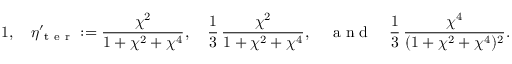
1 , \quad \eta _ { \mathrm { ~ t ~ e ~ r ~ } } ^ { \prime } : = \frac { \chi ^ { 2 } } { 1 + \chi ^ { 2 } + \chi ^ { 4 } } , \quad \frac { 1 } { 3 } \, \frac { \chi ^ { 2 } } { 1 + \chi ^ { 2 } + \chi ^ { 4 } } , \quad \mathrm { ~ a ~ n ~ d ~ } \quad \frac { 1 } { 3 } \, \frac { \chi ^ { 4 } } { ( 1 + \chi ^ { 2 } + \chi ^ { 4 } ) ^ { 2 } } .